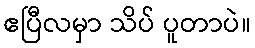
ဧပြီလမှာ သိပ် ပူတာပဲ။